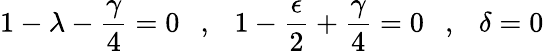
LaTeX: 1-\lambda-\frac{\gamma}{4}=0\ \ \ ,\ \ \ 1-\frac{\epsilon}{2}+\frac{\gamma}{4}=0\ \ \ ,\ \ \ \delta=0